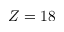
Z = 1 8